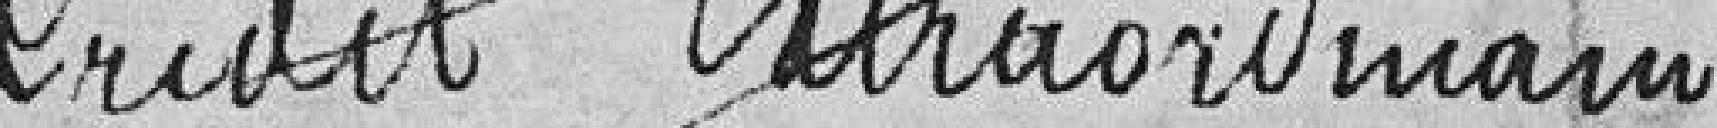
Crédit extraordinaire